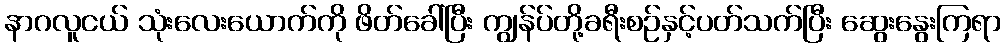
နာဂလူငယ် သုံးလေးယောက်ကို ဖိတ်ခေါ်ပြီး ကျွန်ပ်တို့ခရီးစဉ်နှင့်ပတ်သက်ပြီး ဆွေးနွေးကြရာ